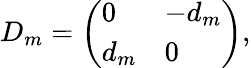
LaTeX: D_{m}=\left(\begin{array}{ll}{{0}}&{{-d_{m}}}\\ {{d_{m}}}&{{0}}\end{array}\right),